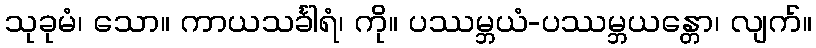
သုခုမံ၊ သော။ ကာယသင်္ခါရံ၊ ကို။ ပဿမ္ဘယံ-ပဿမ္ဘယန္တော၊ လျက်။